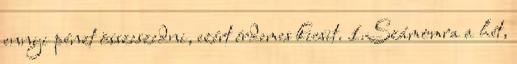
ennyi pénzt összeszedni, ezért érdemes kicsit. 1.Számomra a hét,